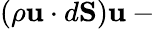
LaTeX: (\rho\mathbf{u}\cdot d\mathbf{S})\mathbf{u}-{}